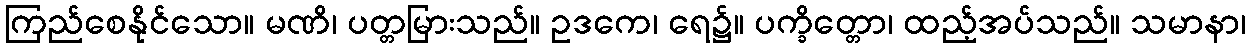
ကြည်စေနိုင်သော။ မဏိ၊ ပတ္တမြားသည်။ ဥဒကေ၊ ရေ၌။ ပက္ခိတ္တော၊ ထည့်အပ်သည်။ သမာနာ၊